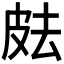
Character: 𰤟